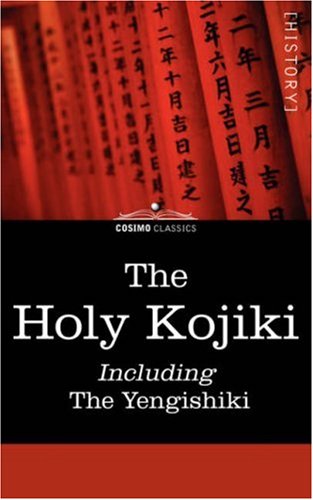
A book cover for The Holy Kojiki -- Including, The Yengishiki; Religion & Spirituality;